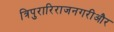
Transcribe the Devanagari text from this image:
त्रिपुरारिराजनगरीऔर